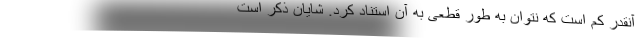
آنقدر کم است که نتوان به طور قطعی به آن استناد کرد. شایان ذکر است